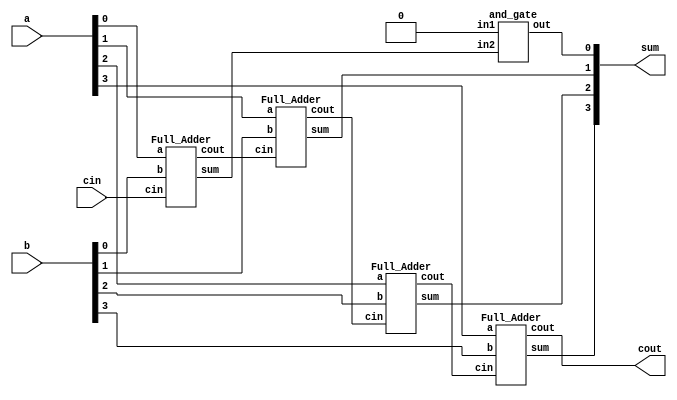
`timescale 1ns/1ps

module Ripple_Carry_Adder(a, b, cin, cout, sum);
input [3:0] a, b;
input cin;
output cout;
output [3:0] sum;
wire c1, c2, c3;
wire c4;

Full_Adder fa1(a[0], b[0], cin, c1, c4);
Full_Adder fa2(a[1], b[1], c1, c2, sum[1]);
Full_Adder fa3(a[2], b[2], c2, c3, sum[2]);
Full_Adder fa4(a[3], b[3], c3, cout, sum[3]);
and_gate and2(sum[0], 1'b0, c4);
// and_gate and1(cout, c3, c4);

endmodule

module Full_Adder (a, b, cin, cout, sum);
input a, b, cin;
output cout, sum;
wire w1;

Majority maj(cout, a, b, cin);
xor_gate xor1(w1, a, b);
xor_gate xor2(sum, w1, cin);

endmodule

module Majority(out, a, b, c);
input a, b, c;
output out;
wire w1, w2, w3, w4;

and_gate and1(w1, a, b);
and_gate and2(w2, a, c);
and_gate and3(w3, b, c);

or_gate or1(w4, w1, w2);
or_gate or2(out, w4, w3);

endmodule

module xor_gate(out, a, b);
input a, b;
output out;
wire w1, w2, w3;
nand nand1(w1, a, b);
nand nand2(w2, w1, a);
nand nand3(w3, w1, b);
nand nand4(out, w2, w3);

endmodule

module and_gate(out, in1, in2);
input in1, in2;
output out;
wire and_tmp;

nand nand2(and_tmp, in1, in2);
nand nand3(out, and_tmp, and_tmp);

endmodule

module or_gate(out, in1, in2);
input in1, in2;
output out;
wire or_tmp1, or_tmp2;

nand nand1(or_tmp1, in1, in1);
nand nand2(or_tmp2, in2, in2);
nand nand3(out, or_tmp1, or_tmp2);

endmodule